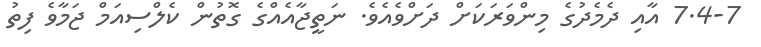
7.4-7 އާއި ދެމެދުގެ މިންވަރަކަށް ދަށްވެއެވެ. ނަތީޖާއެއްގެ ގޮތުން ކެލްސިއަމް ޖަމާވެ ފިތު